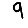
Digit: 9